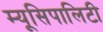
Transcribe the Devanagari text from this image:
म्यूसिपालिटी